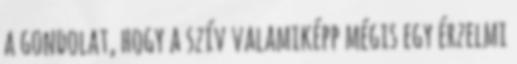
a gondolat, hogy a szív valamiképp mégis egy érzelmi